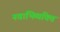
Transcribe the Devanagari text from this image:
नवाभिव्यक्ति